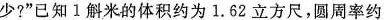
少?”已知1斛米的体积约为1.62立方尺，圆周率约